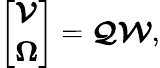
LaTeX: \left[\begin{array}{l}{\boldsymbol{\mathcal{V}}}\\ {\boldsymbol{\Omega}}\end{array}\right]=\boldsymbol{\mathcal{Q}}\boldsymbol{\mathcal{W}},